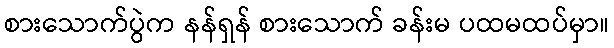
စားသောက်ပွဲက နန်ရှန် စားသောက် ခန်းမ ပထမထပ်မှာ။